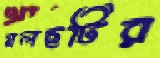
নলছটির